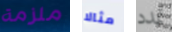
ملزمة مثالا تمدد